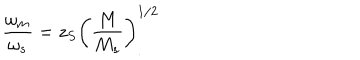
\frac { \omega _ { m } } { \omega _ { s } } = z _ { S } \left( \frac { M } { M _ { s } } \right) _ { . } ^ { 1 / 2 }